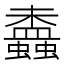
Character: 𧔵